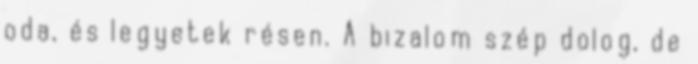
oda, és legyetek résen. A bizalom szép dolog, de